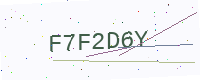
Text: F7F2D6Y